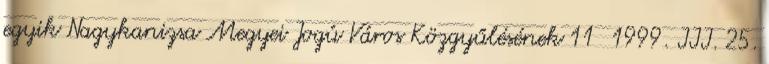
egyik Nagykanizsa Megyei Jogú Város Közgyűlésének 11 1999. III. 25.